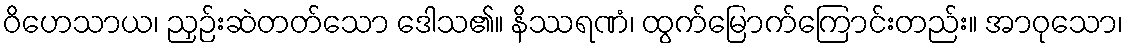
ဝိဟေသာယ၊ ညှဉ်းဆဲတတ်သော ဒေါသ၏။ နိဿရဏံ၊ ထွက်မြောက်ကြောင်းတည်း။ အာဝုသော၊